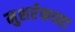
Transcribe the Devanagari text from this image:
मुशर्रफच्या